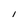
Character: I